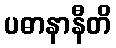
ပဓာနာနီတိ